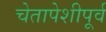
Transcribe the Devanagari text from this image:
चेतापेशीपूर्व